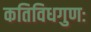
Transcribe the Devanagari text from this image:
कतिविधगुणः